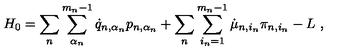
H _ { 0 } = \sum _ { n } \sum _ { \alpha _ { n } } ^ { m _ { n } - 1 } \dot { q } _ { n , \alpha _ { n } } p _ { n , \alpha _ { n } } + \sum _ { n } \sum _ { i _ { n } = 1 } ^ { m _ { n } - 1 } \dot { \mu } _ { n , i _ { n } } \pi _ { n , i _ { n } } - L \ ,